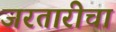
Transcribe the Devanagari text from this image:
जरतारीचा